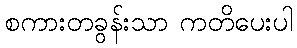
စကားတခွန်းသာ ကတိပေးပါ